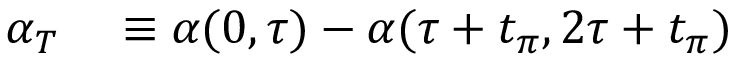
\begin{array} { r l } { \alpha _ { T } } & { { } \equiv \alpha ( 0 , \tau ) - \alpha ( \tau + t _ { \pi } , 2 \tau + t _ { \pi } ) } \end{array}